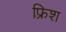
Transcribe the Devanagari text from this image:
फ़्रिश